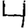
Digit: 4